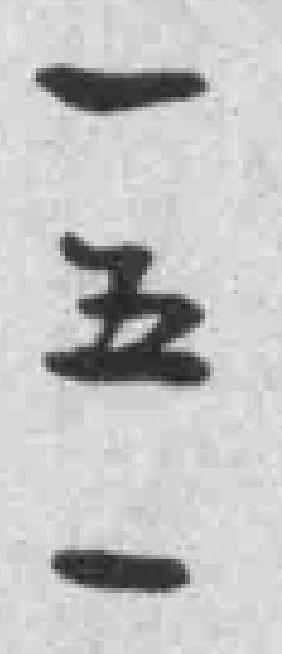
一五一